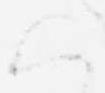
ハ